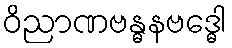
ဝိညာဏဗန္ဓနဗဒ္ဓေါ